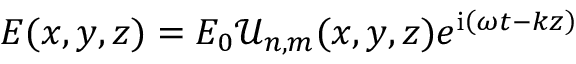
E ( x , y , z ) = E _ { 0 } \mathcal { U } _ { n , m } ( x , y , z ) e ^ { \mathrm { i } \left( \omega t - k z \right) }